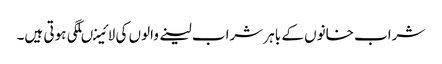
شراب خانوں کے باہر شراب لینے والوں کی لائینںلگی ہوتی ہیں۔